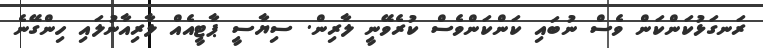
ރަނގަޅުކަންކަން ވެސް ނުބައި ކަންކަންވެސް ކުރެވޭނީ ލާރިން. ސިޔާސީ ޕާޓީއެއް ލާރިއާނުލައި ހިންގޭނެ